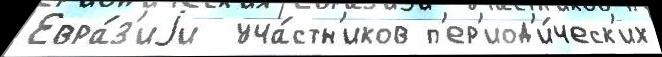
Евра́з'иjи  уча́стн'иков п'ер'иод'и́ческ'их